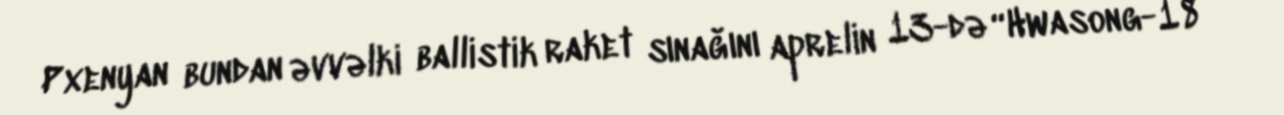
Pxenyan bundan əvvəlki ballistik raket sınağını aprelin 13-də “Hwasong-18”